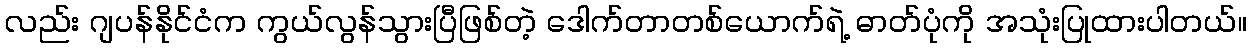
လည်း ဂျပန်နိုင်ငံက ကွယ်လွန်သွားပြီဖြစ်တဲ့ ဒေါက်တာတစ်ယောက်ရဲ့ ဓာတ်ပုံကို အသုံးပြုထားပါတယ်။